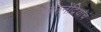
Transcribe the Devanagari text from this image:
जननेंद्रियांचं